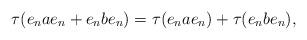
LaTeX: \begin{align*}\tau(e_nae_n + e_nbe_n)=\tau(e_nae_n)+\tau(e_n b e_n),\end{align*}